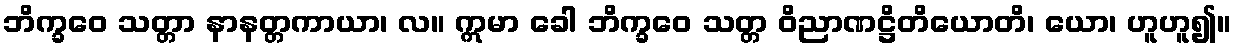
ဘိက္ခဝေ သတ္တာ နာနတ္တကာယာ၊ လ။ ဣမာ ခေါ ဘိက္ခဝေ သတ္တ ဝိညာဏဋ္ဌိတိယောတိ၊ ယော၊ ဟူဟူ၍။